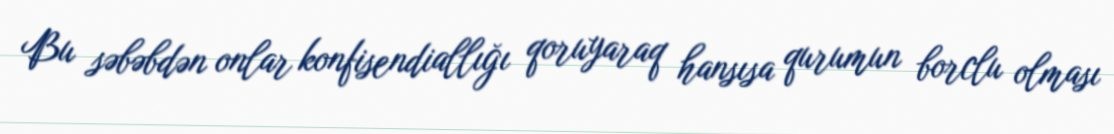
Bu səbəbdən onlar konfisendiallığı qoruyaraq hansısa qurumun borclu olması